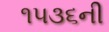
૧૫૩૬ની